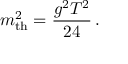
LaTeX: m _ { \mathrm { t h } } ^ { 2 } = { \frac { g ^ { 2 } T ^ { 2 } } { 2 4 } } \, .